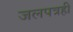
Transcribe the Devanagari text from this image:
जलपत्रही